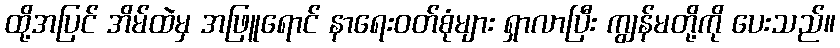
ထို့အပြင် အိမ်ထဲမှ အဖြူရောင် နာရေးဝတ်စုံများ ရှာလာပြီး ကျွန်မတို့ကို ပေးသည်။